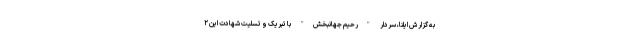
به گزارش ایلنا، سردار "رحیم جهانبخش" با تبریک و تسلیت شهادت این ۲